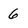
Character: 6